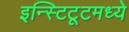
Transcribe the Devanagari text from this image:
इन्स्टिटूटमध्ये